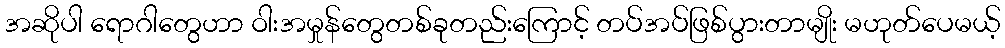
အဆိုပါ ရောဂါတွေဟာ ဝါးအမှုန်တွေတစ်ခုတည်းကြောင့် တပ်အပ်ဖြစ်ပွားတာမျိုး မဟုတ်ပေမယ့်